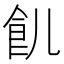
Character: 䶿